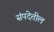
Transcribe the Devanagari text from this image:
संपदेतील